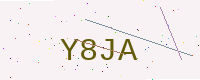
Text: Y8JA